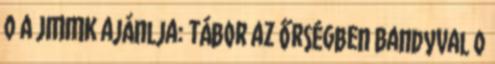
0 A JMMK ajánlja: Tábor az Őrségben Bandyval 0